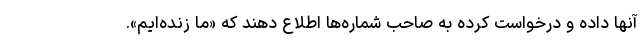
آنها داده و درخواست کرده به صاحب شماره‌ها اطلاع دهند که «ما زنده‌ایم».